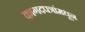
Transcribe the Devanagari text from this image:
कागदपत्रांमधून